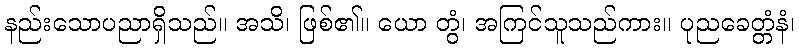
နည်းသောပညာရှိသည်။ အသိ၊ ဖြစ်၏။ ယော တွံ၊ အကြင်သူသည်ကား။ ပုညခေတ္တံနံ၊